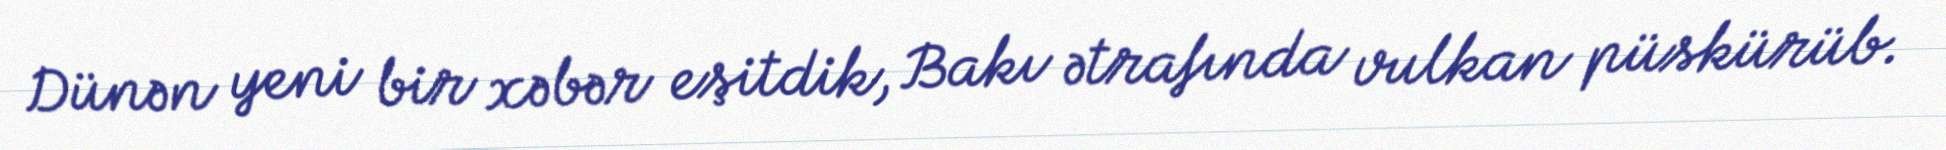
Dünən yeni bir xəbər eşitdik, Bakı ətrafında vulkan püskürüb.